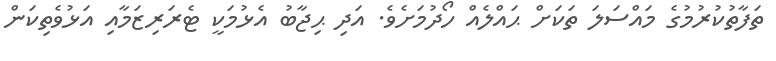
ތަފާތުކުރުމުގެ މައްސަލަ ތަކަށް ޙައްލެއް ހޯދުމަށެވެ. އަދި ޙިޖާބު އެޅުމަކީ ޓެރަރިޒަމާއި އަޅުވެތިކަން